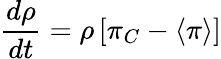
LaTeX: \frac{d\rho}{dt}=\rho\left[\pi_{C}-\langle\pi\rangle\right]